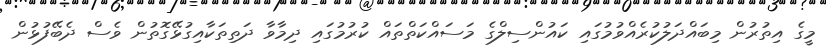
މީގެ އިތުރުން މިބައްދަލުކުރެއްވުމުގައި ކައުންސިލްގެ މަސައްކަތްތައް ކުރުމުގައި ދިމާވާ ދަތިތަކާއިގުޅޭގޮތުން ވެސް ދެބޭފުޅުން